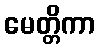
မေတ္တိကာ